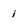
Character: i